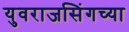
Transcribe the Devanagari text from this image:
युवराजसिंगच्या